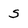
Character: S